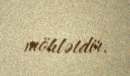
möhlətdir.